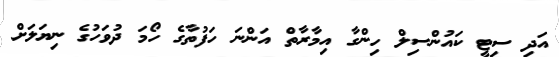
އަދި ސިޓީ ކައުންސިލް ހިންގާ އިމާރާތް އަންނަ ހަފުތާގެ ހޯމަ ދުވަހުގެ ނިޔަލަށް